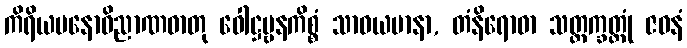
ကိရိယမနောဝိညာဏဓာတု ဝေါဋ္ဌဗ္ဗနကိစ္စံ သာဓယမာနာ, တံနိရောဓာ သတ္တက္ခတ္တုံ ဇဝနံ